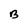
Character: B